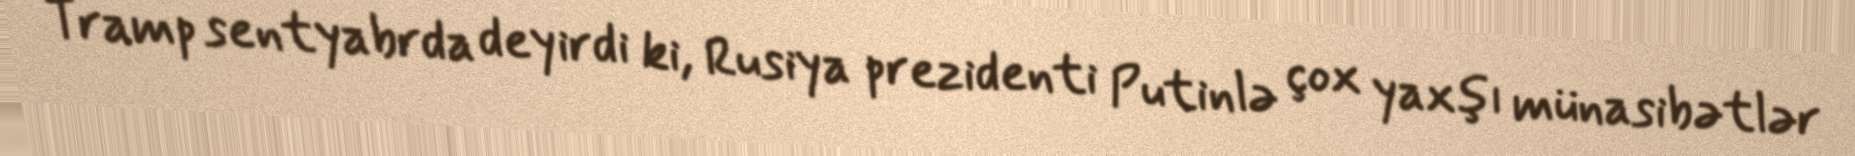
Tramp sentyabrda deyirdi ki, Rusiya prezidenti Putinlə çox yaxşı münasibətlər